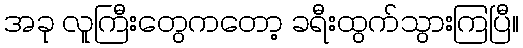
အခု လူကြီးတွေကတော့ ခရီးထွက်သွားကြပြီ။